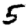
Digit: 5